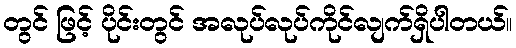
တွင် ဖြင့် ပိုင်းတွင် အလုပ်လုပ်ကိုင်လျက်ရှိပါတယ်။